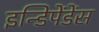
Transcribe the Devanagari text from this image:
इन्डिपेंडेंस